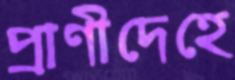
প্রাণীদেহে